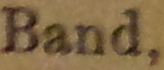
Band.